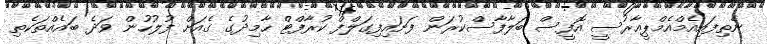
ނެތިފައިއެމްއެމްޕީއާރުސީ އޮފީސް ބަލާފާސްކުރަން ފަށައިފިގަލްފް ކުރާފްޓް ހާމިދުގެ ގެއަށް ފުލުހުން ވަދެ ބައެއްތަކެތި